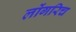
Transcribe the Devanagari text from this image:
लोंगरिच